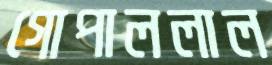
গোপাললাল